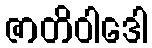
ဇာတိဝါဒေါ